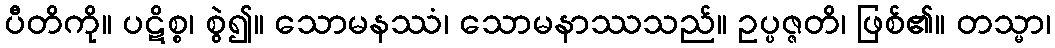
ပီတိကို။ ပဋိစ္စ၊ စွဲ၍။ သောမနဿံ၊ သောမနာဿသည်။ ဥပ္ပဇ္ဇတိ၊ ဖြစ်၏။ တသ္မာ၊